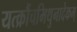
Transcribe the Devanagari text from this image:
यत्क्रौंचमिथुनादेकम्